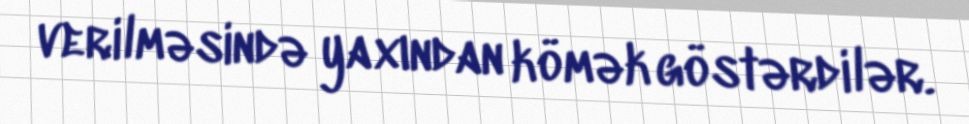
verilməsində yaxından kömək göstərdilər.